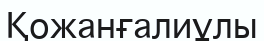
Қожанғалиұлы